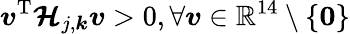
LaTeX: \boldsymbol{v}^{\mathrm{T}}\boldsymbol{\mathcal{H}}_{j,\boldsymbol{k}}\boldsymbol{v}>0,\forall\boldsymbol{v}\in\mathbb{R}^{14}\setminus\{ \boldsymbol{0}\}